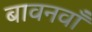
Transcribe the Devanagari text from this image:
बावनवाँ